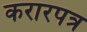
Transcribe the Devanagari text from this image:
करारपत्र